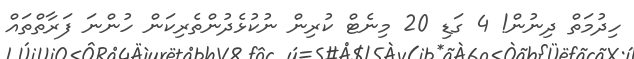
ހިދުމަތް ދިނުން! 4 ގަޑި 20 މިނެޓް ކުރިން ނުކުޅެދުންތެރިކަން ހުންނަ ފަރާތްތައް